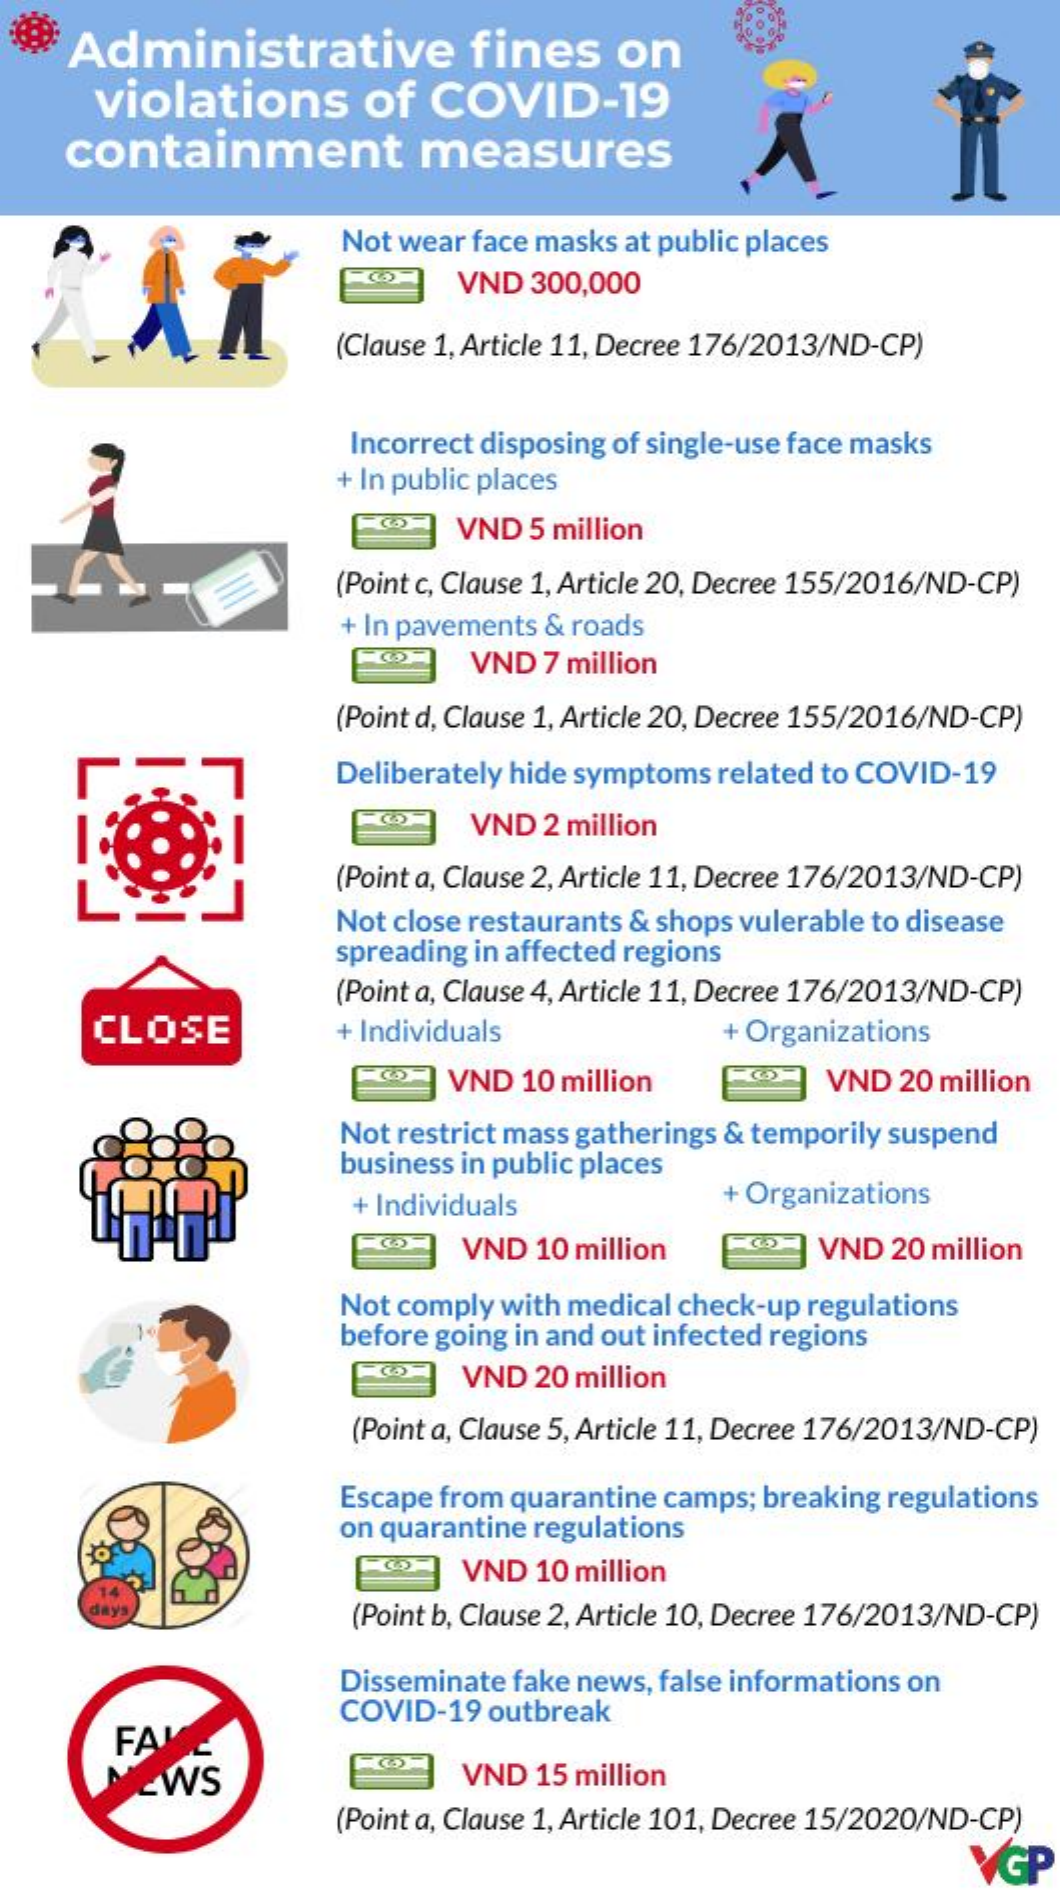
Administrative    fines   on
     violations    of COVID-19
    containment    measures
     Not wear face masks at public places
     VND 300,000
     (Clause 1, Article 11, Decree 176/2013/ND-CP)
     Incorrect disposing of single-use face masks
     + In public places
     VND 5 million
     (Point c, Clause 1, Article 20, Decree 155/2016/ND-CP)
     + In pavements & roads
     VND 7 million
     (Point d, Clause 1, Article 20, Decree 155/2016/ND-CP)
     Deliberately hide symptoms related to COVID-19
     VND 2 million
     (Point a, Clause 2, Article 11, Decree 176/2013/ND-CP)
     Not close restaurants & shops vulerable to disease
     spreading in affected regions
     (Point a, Clause 4, Article 11, Decree 176/2013/ND-CP)
     CLOSE    + Individuals    + Organizations
     VND 10 million    VND 20 million
     Not restrict mass gatherings & temporily suspend
     business in public places
     + Individuals    + Organizations
     VND 10 million    VND 20 million
     Not comply with medical check-up regulations
     before going in and out infected regions
     VND 20 million
     (Point a, Clause 5, Article 11, Decree 176/2013/ND-CP)
     Escape from quarantine camps; breaking regulations
     on quarantine regulations
     VND 10 million
     14
     days    (Point b, Clause 2, Article 10, Decree 176/2013/ND-CP)
     Disseminate fake news, false informations on
     FAI
     COVID-19 outbreak
     EWS    VND 15 million
     (Point a, Clause 1, Article 101, Decree 15/2020/ND-CP)
     VGP